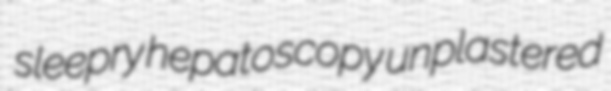
sleepry hepatoscopy unplastered